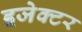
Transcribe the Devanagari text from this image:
इजेक्टर